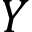
Y